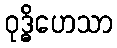
ဝုဒ္ဓိဟေသာ